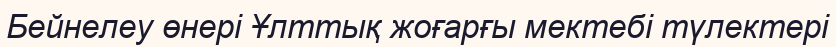
Бейнелеу өнері Ұлттық жоғарғы мектебі түлектері